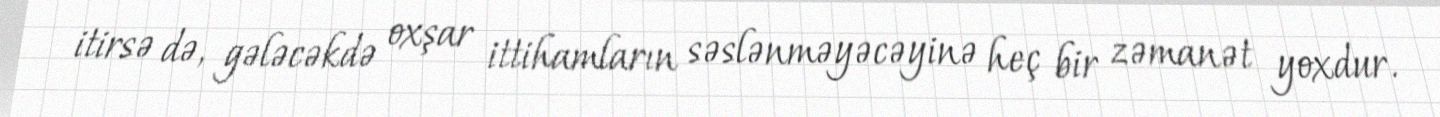
itirsə də, gələcəkdə oxşar ittihamların səslənməyəcəyinə heç bir zəmanət yoxdur.